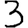
Digit: 3